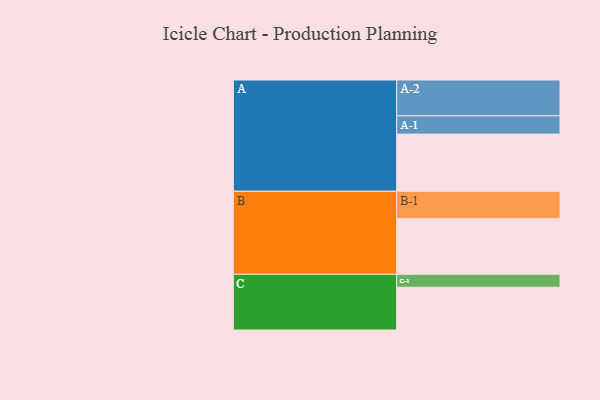
{"axis": {"x": "Segment", "y": "Value"}, "legend": ["", "A", "B", "C"], "data": [{"x": "A", "y": 429, "type": ""}, {"x": "B", "y": 417, "type": ""}, {"x": "C", "y": 321, "type": ""}, {"x": "A-1", "y": 137, "type": "A"}, {"x": "A-2", "y": 269, "type": "A"}, {"x": "B-1", "y": 206, "type": "B"}, {"x": "C-1", "y": 97, "type": "C"}]}